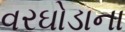
વરઘોડાના